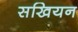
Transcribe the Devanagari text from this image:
सखियन